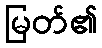
မြတ်၏